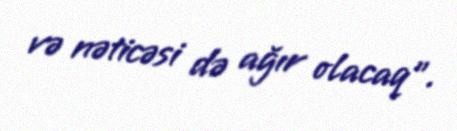
və nəticəsi də ağır olacaq”.